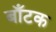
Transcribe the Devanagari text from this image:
बाँटक